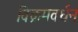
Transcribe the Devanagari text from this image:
विक्रमवर्धन